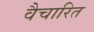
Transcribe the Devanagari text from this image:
वैचारित